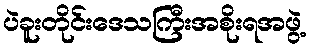
ပဲခူးတိုင်းဒေသကြီးအစိုးရအဖွဲ့